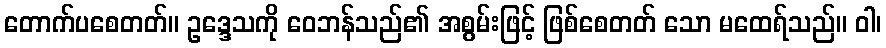
တောက်ပစေတတ်။ ဥဒ္ဒေသကို ဝေဘန်သည်၏ အစွမ်းဖြင့် ဖြစ်စေတတ် သော မထေရ်သည်။ ဝါ၊